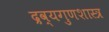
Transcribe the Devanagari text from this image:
द्रव्यगुणशास्त्र